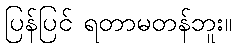
ပြန်ပြင် ရတာမတန်ဘူး။